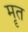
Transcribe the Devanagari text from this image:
मॄत